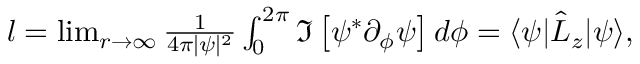
\begin{array} { r } { l = \operatorname* { l i m } _ { r \to \infty } \frac { 1 } { 4 \pi | \psi | ^ { 2 } } \int _ { 0 } ^ { 2 \pi } \Im \left[ \psi ^ { * } \partial _ { \phi } \psi \right] d \phi = \langle \psi | \hat { L } _ { z } | \psi \rangle , } \end{array}